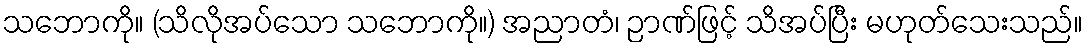
သဘောကို။ (သိလိုအပ်သော သဘောကို။) အညာတံ၊ ဉာဏ်ဖြင့် သိအပ်ပြီး မဟုတ်သေးသည်။